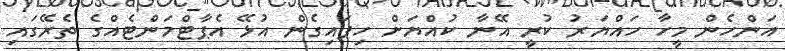
އަންހެން މީހާ ހައްޔަރު ކުރީ އޭނާ ކުއްޔަށް ހިފައިގެން އުޅޭ އެޕާޓްމަންޓެއްގެ ތެރޭގައި